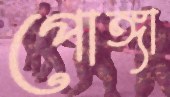
পোঙ্গা